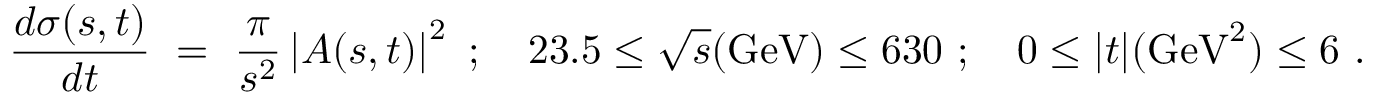
{ \frac { d \sigma ( s , t ) } { d t } } \ = \ { \frac { \pi } { s ^ { 2 } } } \left| A ( s , t ) \right| ^ { 2 } \ ; \quad 2 3 . 5 \leq \sqrt s ( \mathrm { G e V } ) \leq 6 3 0 \ ; \quad 0 \leq | t | ( \mathrm { G e V } ^ { 2 } ) \leq 6 \ .